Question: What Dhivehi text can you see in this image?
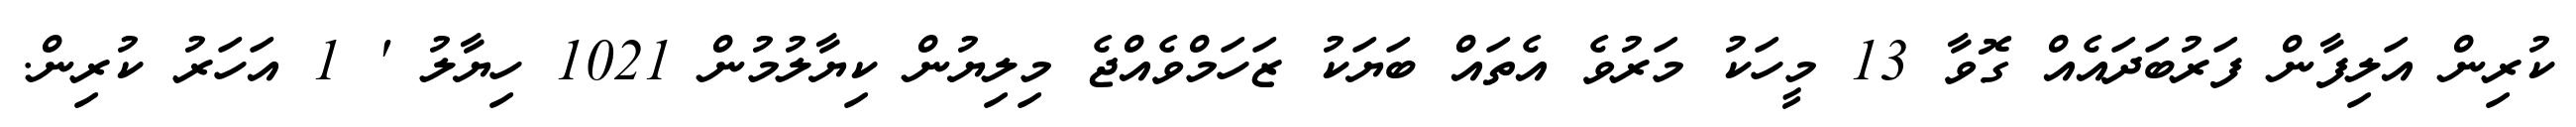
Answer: ކުރިން އަލިފާން ފަރުބަދައެއް ގޮވާ 13 މީހަކު މަރުވެ އެތައް ބަޔަކު ޒަހަމްވެއްޖެ މިލިޔުން ކިޔާލުމުން 1021 ހިޔާލު ' 1 އަހަރު ކުރިން.